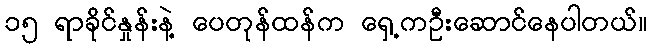
၁၅ ရာခိုင်နှုန်းနဲ့ ပေတုန်ထန်က ရှေ့ကဦးဆောင်နေပါတယ်။